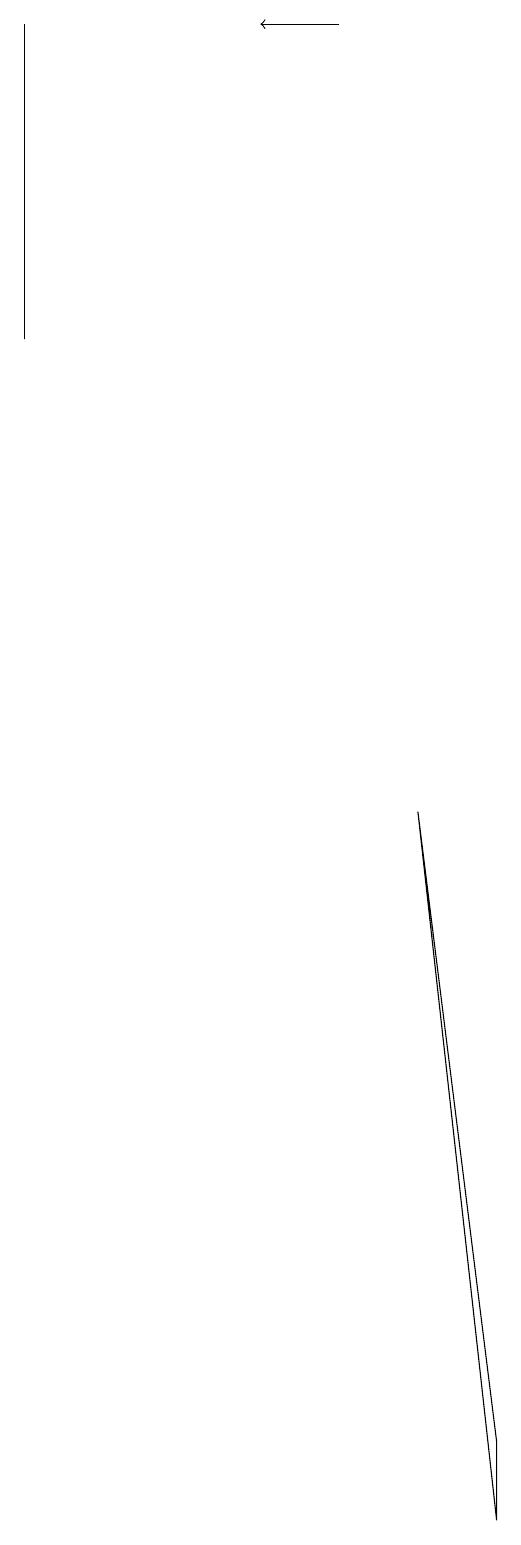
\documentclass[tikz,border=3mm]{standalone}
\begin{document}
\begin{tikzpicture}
\draw[->] (4,19) -- (3,19);
\draw (6,0) -- (5,9) -- (6,1) -- cycle;
\draw (0,15) rectangle (0,19);
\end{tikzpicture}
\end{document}